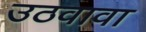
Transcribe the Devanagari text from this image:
उठवावा